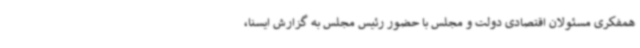
همفکری مسئولان اقتصادی دولت و مجلس با حضور رئیس مجلس به گزارش ایسنا،